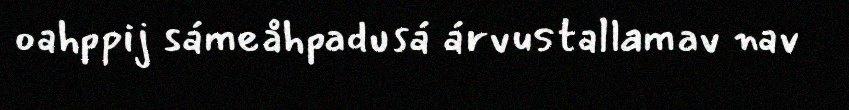
oahppij sámeåhpadusá árvustallamav nav